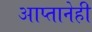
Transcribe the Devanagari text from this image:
आप्तानेही